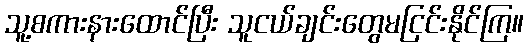
သူ့စကားနားထောင်ပြီး သူငယ်ချင်းတွေမငြင်းနိုင်ကြ။